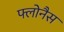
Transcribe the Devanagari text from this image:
फ्लोनैस